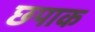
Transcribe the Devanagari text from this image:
छपाक